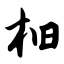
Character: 桕